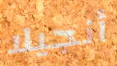
أنجيلا